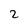
Character: 2